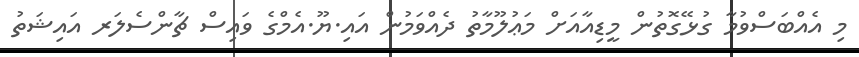
މި އެއްބަސްވުމާ ގުޅޭގޮތުން މީޑިއާއަށް މަޢުލޫމާތު ދެއްވަމުން އައި.ޔޫ.އެމްގެ ވައިސް ޗާންސެލަރ އައިޝަތު